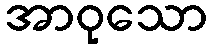
အာဝုသော